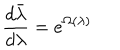
LaTeX: \frac { d \bar { \lambda } } { d \lambda } = e ^ { \Omega ( \lambda ) }